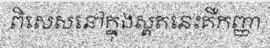
ពិសេសនៅក្នុងស្ពតនេះគឺកញ្ញា